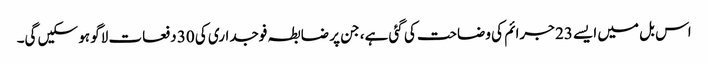
اس بل میں ایسے 23 جرائم کی وضاحت کی گئی ہے، جن پر ضابطہ فوجداری کی 30 دفعات لاگو ہو سکیں گی۔